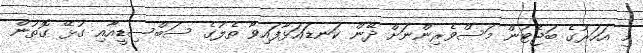
މި އަހަރުގެ ބަޖެޓުން މަސްވެރިންނަށް ދޭން ކަނޑައަޅާފައިވާ ތެލުގެ ސަބްސިޑީއާއި ގުޅޭ ގޮތުން